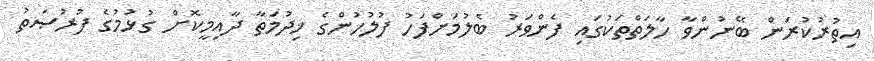
އިތުރުކުރަން ބޭނުންވާ ހާލަތްތަކުގައި ފެންވަރު ބެލުމަށްފަހު ފުލުހުންގެ ޚިދުމަތާ ދާއިމީކޮށް ގުޅުމުގެ ފުރުޞަތު